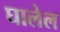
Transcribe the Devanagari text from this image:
घालेल